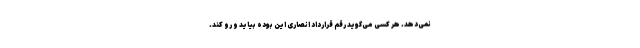
نمی‌دهد. هر کسی می‌گوید رقم قرارداد انصاری این بوده بیاید و رو کند.